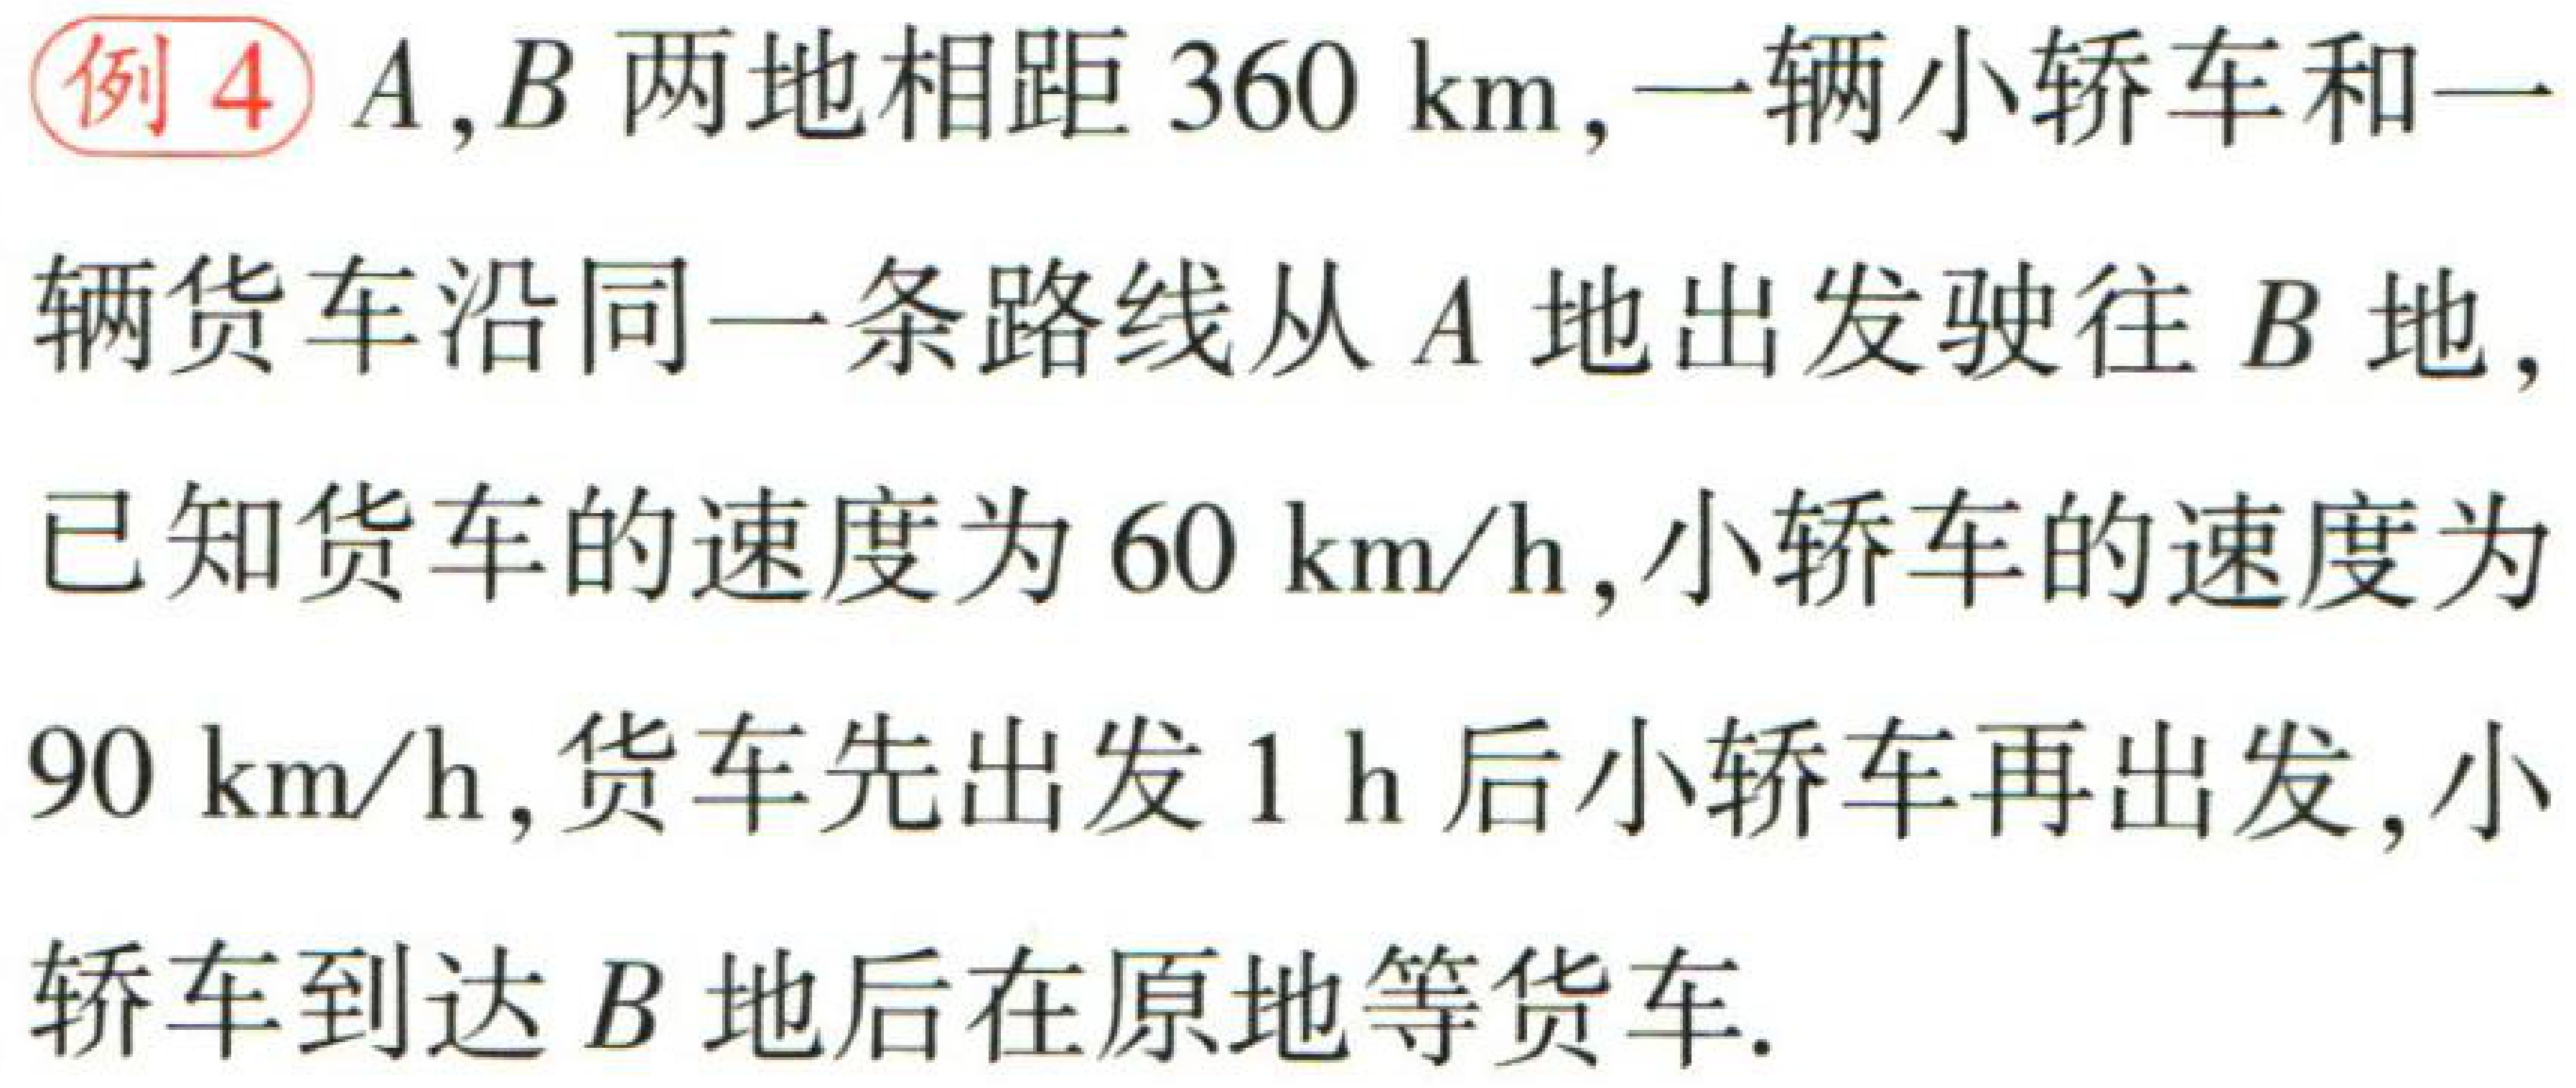
例4 \(A,B\) 两地相距 \(360\ \text{km}\)，一辆小轿车和一辆货车沿同一条路线从 \(A\) 地出发驶往 \(B\) 地，已知货车的速度为 \(60\ \text{km/h}\)，小轿车的速度为 \(90\ \text{km/h}\)，货车先出发 \(1\ \text{h}\) 后小轿车再出发，小轿车到达 \(B\) 地后在原地等货车.